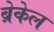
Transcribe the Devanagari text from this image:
ब्रेकेल